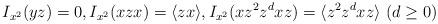
LaTeX: \begin{align*}I_{x^2}(yz) = 0, I_{x^2}(xzx) = \langle zx \rangle,I_{x^2}(x z^2 z^d x z) = \langle z^2 z^d x z \rangle\ (d\geq 0)\end{align*}